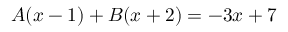
A ( x - 1 ) + B ( x + 2 ) = - 3 x + 7